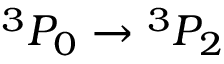
{ } ^ { 3 } P _ { 0 } \rightarrow { } ^ { 3 } P _ { 2 }